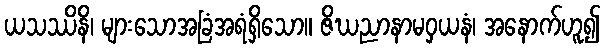
ယသဿိနိ၊ များသောအခြံအရံရှိသော။ ဇိဃညာနာမဝှယနံ၊ အနောက်ဟူ၍